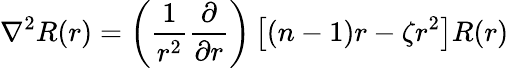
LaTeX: \nabla^{2}R(r)=\left({\frac{1}{r^{2}}}{\frac{\partial}{\partial r}}\right)\left[(n-1)r-\zeta r^{2}\right]R(r)